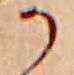
か